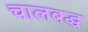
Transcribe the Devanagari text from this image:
चालबद्ध